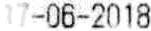
17-06-2018